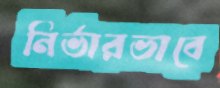
নির্ভারভাবে